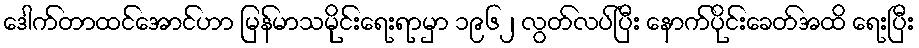
ဒေါက်တာထင်အောင်ဟာ မြန်မာသမိုင်းရေးရာမှာ ၁၉၆၂ လွတ်လပ်ပြီး နောက်ပိုင်းခေတ်အထိ ရေးပြီး